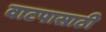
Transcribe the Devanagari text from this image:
वाटपासाठी